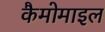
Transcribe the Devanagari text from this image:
कैमोमाइल